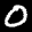
Label: 0